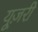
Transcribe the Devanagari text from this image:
यूज़री